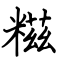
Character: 糍